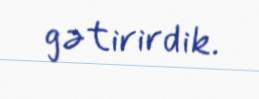
gətirirdik.